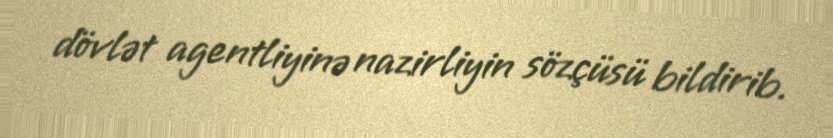
dövlət agentliyinə nazirliyin sözçüsü bildirib.